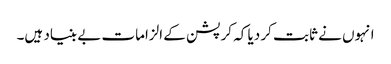
انہوں نے ثابت کر دیا کہ کرپشن کے الزامات بے بنیاد ہیں۔